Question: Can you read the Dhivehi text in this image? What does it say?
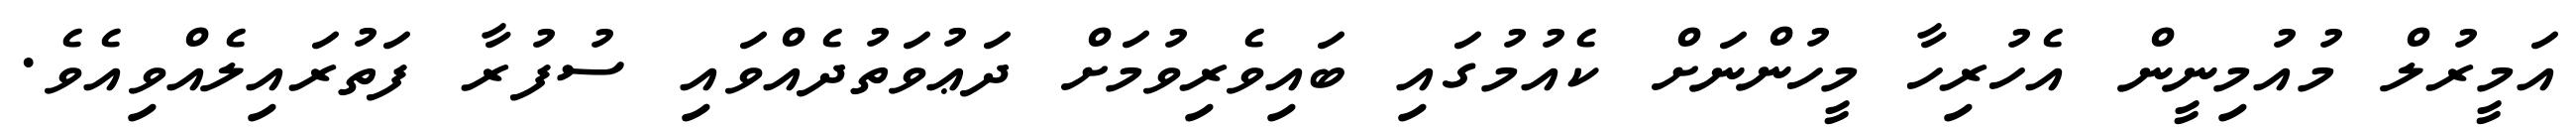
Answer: އަމީރުލް މުއުމިނީން އެހުރިހާ މީހުންނަށް ކެއުމުގައި ބައިވެރިވުމަށް ދަޢުވަތުދެއްވައި ސުފުރާ ފަތުރައިލެއްވިއެވެ.